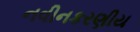
નવીનકરણીય